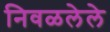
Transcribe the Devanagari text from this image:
निवळलेले